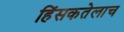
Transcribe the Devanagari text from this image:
हिंसकतेलाच